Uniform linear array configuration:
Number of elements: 4
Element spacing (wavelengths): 0.75
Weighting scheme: kaiser
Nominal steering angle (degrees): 45
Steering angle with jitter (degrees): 45.972
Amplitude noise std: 0.05
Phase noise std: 0.05

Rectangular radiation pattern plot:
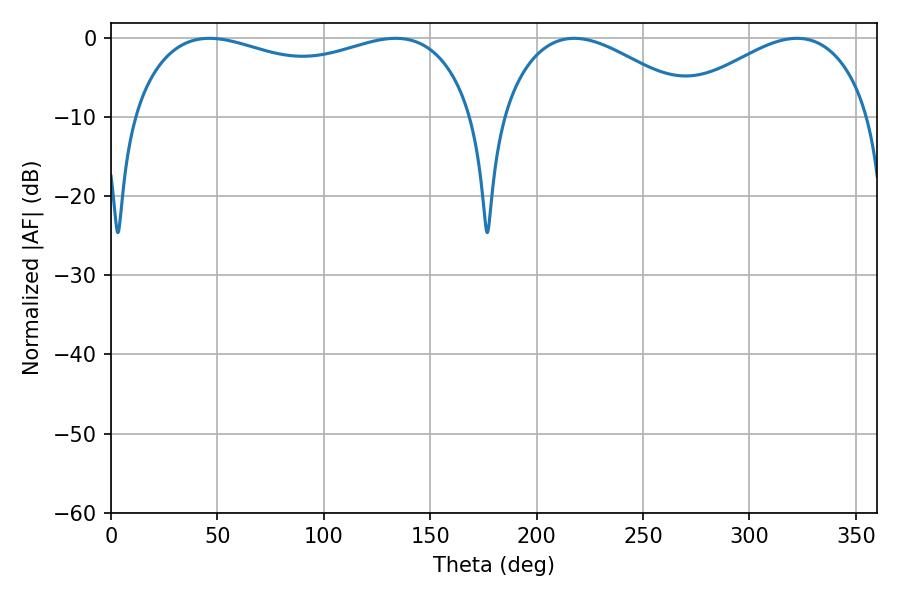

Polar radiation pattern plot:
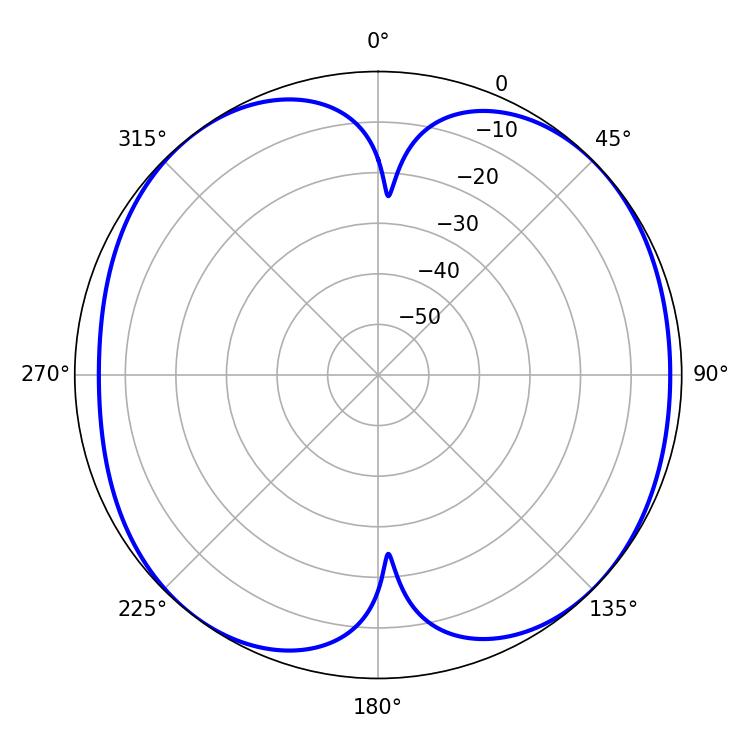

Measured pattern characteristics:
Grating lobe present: TRUE
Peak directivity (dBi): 9.203
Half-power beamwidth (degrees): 131.76
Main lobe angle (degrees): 46.26